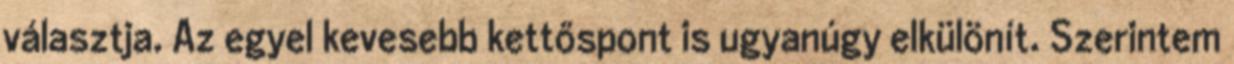
választja. Az egyel kevesebb kettőspont is ugyanúgy elkülönít. Szerintem